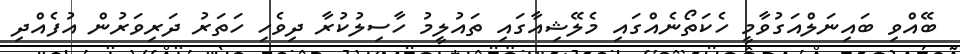
ބޭއްވި ބައިނަލްއަގުވާމީ ހެކަތޯނެއްގައި މެލޭޝިއާގައި ތައުލީމު ހާސިލުކުރާ ދިވެހި ހަތަރު ދަރިވަރުން އުފެއްދި